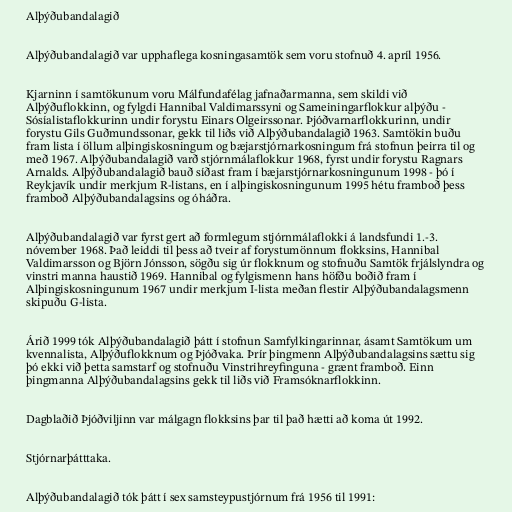
Alþýðubandalagið

Alþýðubandalagið var upphaflega kosningasamtök sem voru stofnuð 4. apríl 1956.

Kjarninn í samtökunum voru Málfundafélag jafnaðarmanna, sem skildi við
Alþýðuflokkinn, og fylgdi Hannibal Valdimarssyni og Sameiningarflokkur alþýðu -
Sósíalistaflokkurinn undir forystu Einars Olgeirssonar. Þjóðvarnarflokkurinn, undir
forystu Gils Guðmundssonar, gekk til liðs við Alþýðubandalagið 1963. Samtökin buðu
fram lista í öllum alþingiskosningum og bæjarstjórnarkosningum frá stofnun þeirra til og
með 1967. Alþýðubandalagið varð stjórnmálaflokkur 1968, fyrst undir forystu Ragnars
Arnalds. Alþýðubandalagið bauð síðast fram í bæjarstjórnarkosningunum 1998 - þó í
Reykjavík undir merkjum R-listans, en í alþingiskosningunum 1995 hétu framboð þess
framboð Alþýðubandalagsins og óháðra.

Alþýðubandalagið var fyrst gert að formlegum stjórnmálaflokki á landsfundi 1.-3.
nóvember 1968. Það leiddi til þess að tveir af forystumönnum flokksins, Hannibal
Valdimarsson og Björn Jónsson, sögðu sig úr flokknum og stofnuðu Samtök frjálslyndra og
vinstri manna haustið 1969. Hannibal og fylgismenn hans höfðu boðið fram í
Alþingiskosningunum 1967 undir merkjum I-lista meðan flestir Alþýðubandalagsmenn
skipuðu G-lista.

Árið 1999 tók Alþýðubandalagið þátt í stofnun Samfylkingarinnar, ásamt Samtökum um
kvennalista, Alþýðuflokknum og Þjóðvaka. Þrír þingmenn Alþýðubandalagsins sættu sig
þó ekki við þetta samstarf og stofnuðu Vinstrihreyfinguna - grænt framboð. Einn
þingmanna Alþýðubandalagsins gekk til liðs við Framsóknarflokkinn.

Dagblaðið Þjóðviljinn var málgagn flokksins þar til það hætti að koma út 1992.

Stjórnarþátttaka.

Alþýðubandalagið tók þátt í sex samsteypustjórnum frá 1956 til 1991: